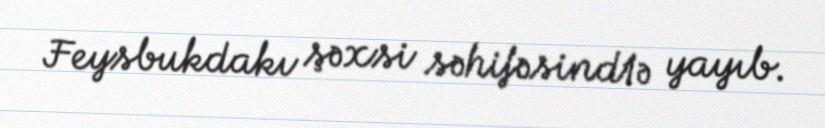
Feysbukdakı şəxsi səhifəsind1ə yayıb.